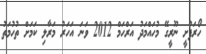
ހޯރަފުށީ ނޫރީގޭ މުހައްމަދު އަރްހަމް 2012 ވަނަ އަހަރު މަރާލި ކަމަށް ތުހުމަތު